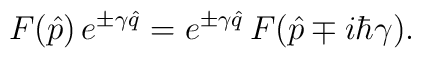
F(\hat p)\,e^{\pm\gamma\hat q}=e^{\pm\gamma\hat q}\,F(\hat p \mp i\hbar\gamma).